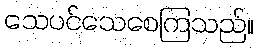
သေပင်သေစေကြသည်။